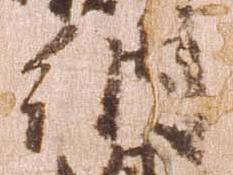
納